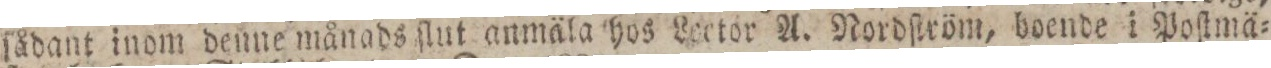
ſådant inom denne månads ſlut anmäla hos Lector A. Nordſtröm, boende i Poſtmä=